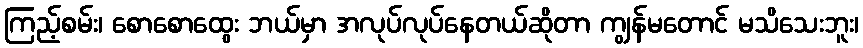
ကြည့်စမ်း၊ စောစောထွေး ဘယ်မှာ အလုပ်လုပ်နေတယ်ဆိုတာ ကျွန်မတောင် မသိသေးဘူး၊